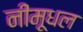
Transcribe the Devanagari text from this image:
नीमूधल